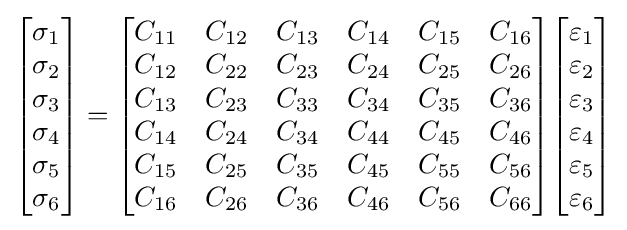
{\begin{bmatrix}\sigma _{1}\\\sigma _{2}\\\sigma _{3}\\\sigma _{4}\\\sigma _{5}\\\sigma _{6}\end{bmatrix}}={\begin{bmatrix}C_{11}&C_{12}&C_{13}&C_{14}&C_{15}&C_{16}\\C_{12}&C_{22}&C_{23}&C_{24}&C_{25}&C_{26}\\C_{13}&C_{23}&C_{33}&C_{34}&C_{35}&C_{36}\\C_{14}&C_{24}&C_{34}&C_{44}&C_{45}&C_{46}\\C_{15}&C_{25}&C_{35}&C_{45}&C_{55}&C_{56}\\C_{16}&C_{26}&C_{36}&C_{46}&C_{56}&C_{66}\end{bmatrix}}{\begin{bmatrix}\varepsilon _{1}\\\varepsilon _{2}\\\varepsilon _{3}\\\varepsilon _{4}\\\varepsilon _{5}\\\varepsilon _{6}\end{bmatrix}}